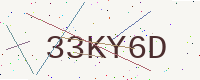
Text: 33KY6D